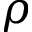
\rho